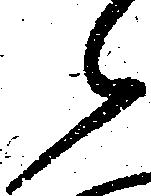
候